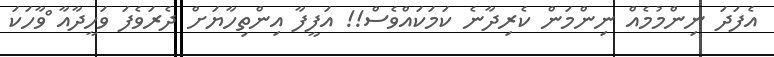
އެފަދަ ނިންމުމެއް ނިންމަން ކެރިދާނެ ކަމަކައްވެސް!! އަފީފާ އިންތިހާޔަށް ދެރަވެފަ ވަހީދާއާ ްވާހަކަ